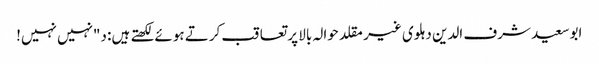
ابوسعید شرف الدین دہلوی غیر مقلد حوالہ بالا پر تعاقب کرتے ہوئے لکھتے ہیں: د"نہیں نہیں!